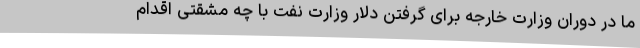
ما در دوران وزارت خارجه برای گرفتن دلار وزارت نفت با چه مشقتی اقدام